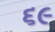
૬૯